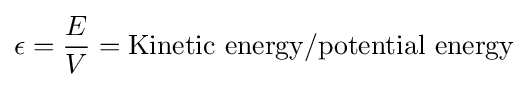
\epsilon ={\frac {E}{V}}={\text{Kinetic energy/potential energy}}